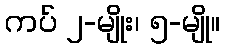
ကပ် ၂-မျိုး၊ ၅-မျို။